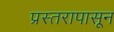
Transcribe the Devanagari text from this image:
प्रस्तरापासून